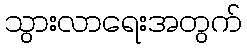
သွားလာရေးအတွက်